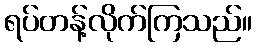
ရပ်တန့်လိုက်ကြသည်။